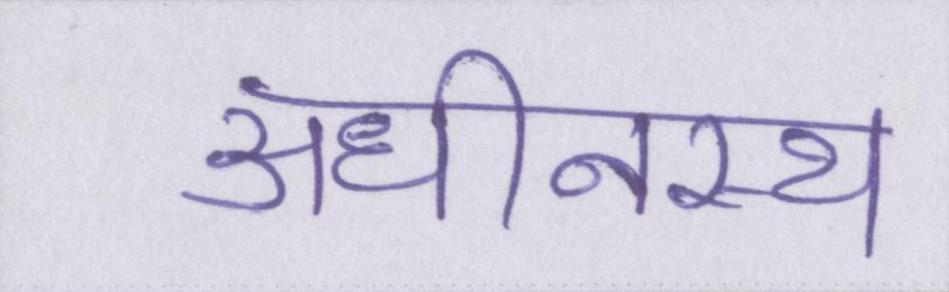
अधीनस्थ